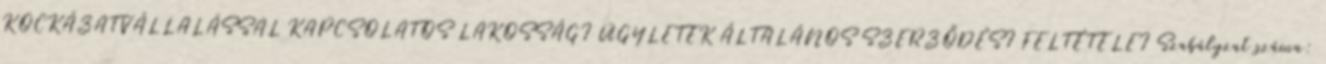
KOCKÁZATVÁLLALÁSSAL KAPCSOLATOS LAKOSSÁGI ÜGYLETEK ÁLTALÁNOS SZERZŐDÉSI FELTÉTELEI Szabályzat száma: